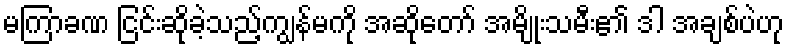
မကြာခဏ ငြင်းဆိုခဲ့သည့်ကျွန်မကို အဆိုတော် အမျိုးသမီး၏ ဒါ အချစ်ပဲဟု